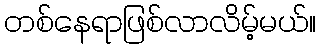
တစ်နေရာဖြစ်လာလိမ့်မယ်။